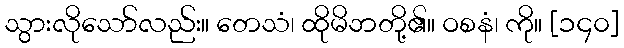
သွားလိုသော်လည်း။ တေသံ၊ ထိုမိဘတို့၏။ ဝစနံ၊ ကို။ [၁၄၀]